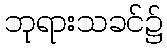
ဘုရားသခင်၌